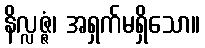
နိလ္လဇ္ဇံ၊ အရှက်မရှိသော။